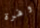
وفرة